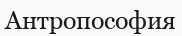
Антропософия